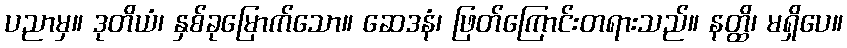
ပညာမှ။ ဒုတိယံ၊ နှစ်ခုမြောက်သော။ ဆေဒနံ၊ ဖြတ်ကြောင်းတရားသည်။ နတ္ထိ၊ မရှိပေ။